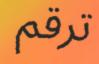
ترقم